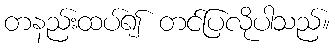
တနည်းထပ်၍ တင်ပြလိုပါသည်။